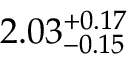
2 . 0 3 _ { - 0 . 1 5 } ^ { + 0 . 1 7 }